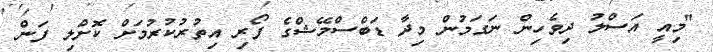
"މިއީ އަސްލު ދިވެހިން ނަގަމުން މިދާ ޑަބްސްމޭޝްގެ ފޯރި އިތުރުކުރުމަށް ކޮށްލި ފަން